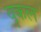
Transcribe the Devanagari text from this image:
वृकल